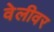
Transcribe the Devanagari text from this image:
वेलीवर